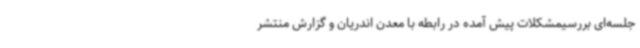
جلسه‌ای بررسیمشکلات پیش آمده در رابطه با معدن اندریان و گزارش منتشر